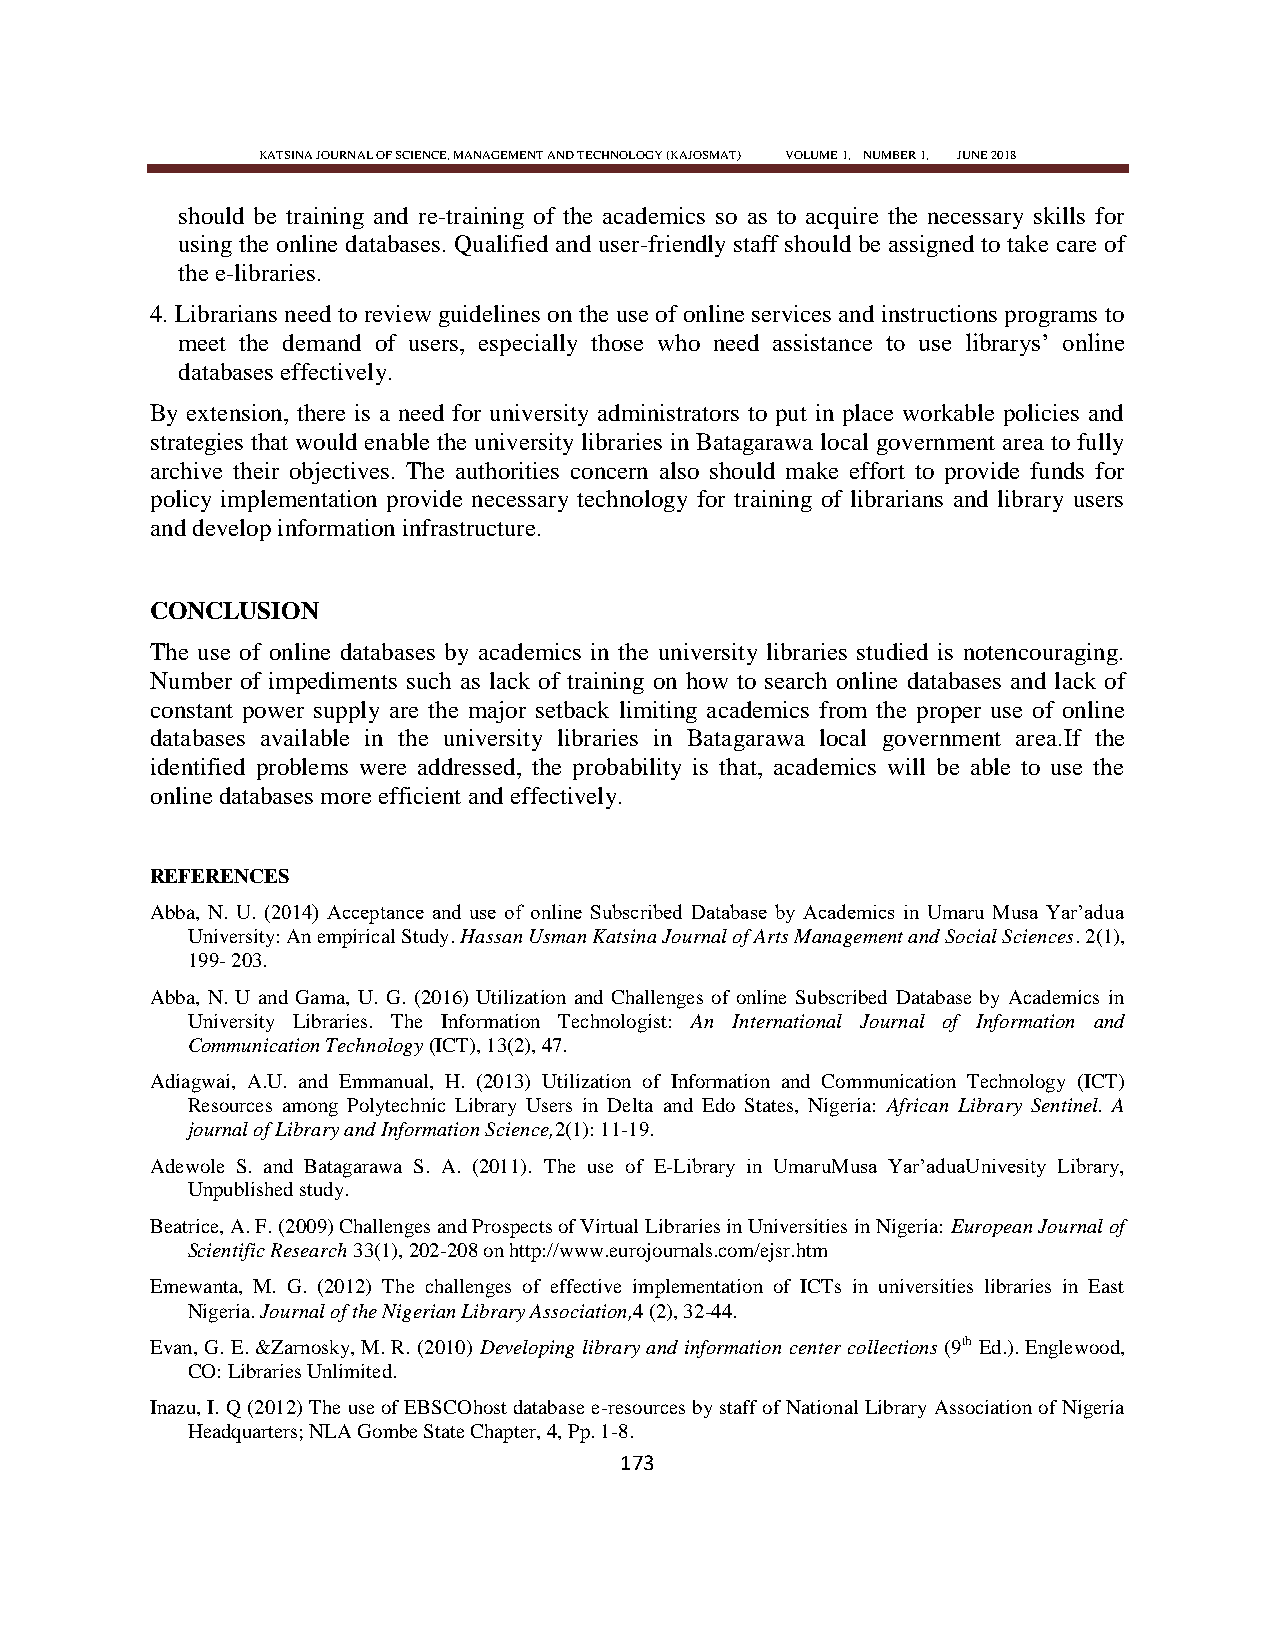
KATSINA JOURNAL OF SCIENCE, MANAGEMENT AND TECHNOLOGY (KAJOSMAT) VOLUME 1, NUMBER 1, JUNE 2018
 should be training and re-training of the academics so as to acquire the necessary skills for
 using the online databases. Qualified and user-friendly staff should be assigned to take care of
 the e-libraries.
 4. Librarians need to review guidelines on the use of online services and instructions programs to
 meet the demand of users, especially those who need assistance to use librarys‘ online
 databases effectively.
 By extension, there is a need for university administrators to put in place workable policies and
 strategies that would enable the university libraries in Batagarawa local government area to fully
 archive their objectives. The authorities concern also should make effort to provide funds for
 policy implementation provide necessary technology for training of librarians and library users
 and develop information infrastructure.
 CONCLUSION
 The use of online databases by academics in the university libraries studied is notencouraging.
 Number of impediments such as lack of training on how to search online databases and lack of
 constant power supply are the major setback limiting academics from the proper use of online
 databases available in the university libraries in Batagarawa local government area.If the
 identified problems were addressed, the probability is that, academics will be able to use the
 online databases more efficient and effectively.
 REFERENCES
 Abba, N. U. (2014) Acceptance and use of online Subscribed Database by Academics in Umaru Musa Yar‘adua
 University: An empirical Study. Hassan Usman Katsina Journal of Arts Management and Social Sciences. 2(1),
 199- 203.
 Abba, N. U and Gama, U. G. (2016) Utilization and Challenges of online Subscribed Database by Academics in
 University Libraries. The Information Technologist: An International Journal of Information and
 Communication Technology (ICT), 13(2), 47.
 Adiagwai, A.U. and Emmanual, H. (2013) Utilization of Information and Communication Technology (ICT)
 Resources among Polytechnic Library Users in Delta and Edo States, Nigeria: African Library Sentinel. A
 journal of Library and Information Science,2(1): 11-19.
 Adewole S. and Batagarawa S. A. (2011). The use of E-Library in UmaruMusa Yar‘aduaUnivesity Library,
 Unpublished study.
 Beatrice, A. F. (2009) Challenges and Prospects of Virtual Libraries in Universities in Nigeria: European Journal of
 Scientific Research 33(1), 202-208 on http://www.eurojournals.com/ejsr.htm
 Emewanta, M. G. (2012) The challenges of effective implementation of ICTs in universities libraries in East
 Nigeria. Journal of the Nigerian Library Association,4 (2), 32-44.
 Evan, G. E. &Zarnosky, M. R. (2010) Developing library and information center collections (9th Ed.). Englewood,
 CO: Libraries Unlimited.
 Inazu, I. Q (2012) The use of EBSCOhost database e-resources by staff of National Library Association of Nigeria
 Headquarters; NLA Gombe State Chapter, 4, Pp. 1-8.
 173